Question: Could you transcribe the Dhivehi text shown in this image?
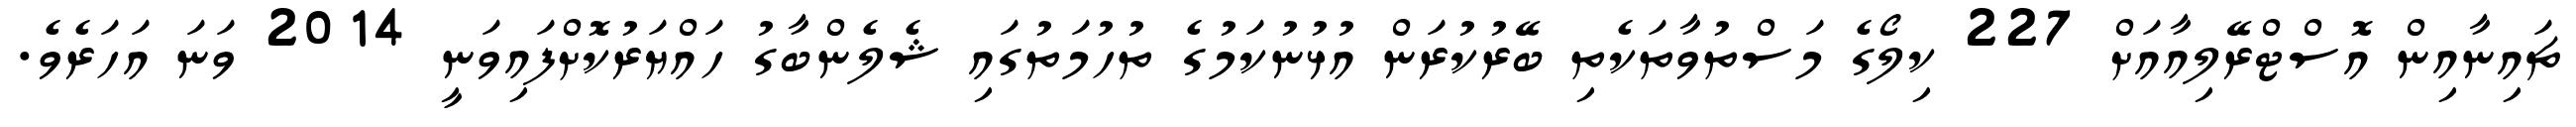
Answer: ޗައިނާއިން އޮސްޓްރޭލިއާއަށް 227 ކިލޯގެ މަސްތުވާތަކެތި ބޭރުކުރަން އުޅުނުކަމުގެ ތުހުމަތުގައި ޝެލެންބާގު ހައްޔަރުކޮށްފައިވަނީ 2014 ވަނަ އަހަރެވެ.